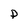
Character: P